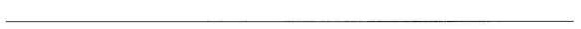
___